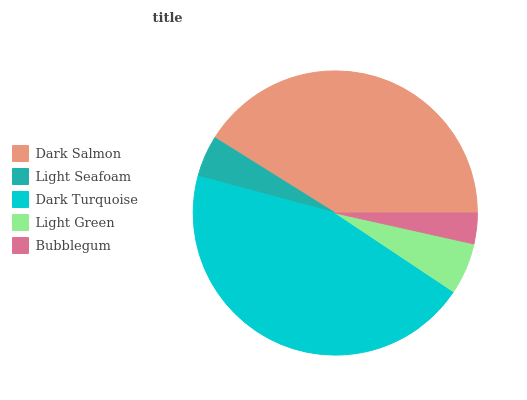
| Dark Salmon | Light Seafoam | Dark Turquoise | Light Green | Bubblegum |
 | --- | --- | --- | --- | --- |
 | 41.1% | 4.73% | 44.9% | 5.86% | 3.49% |